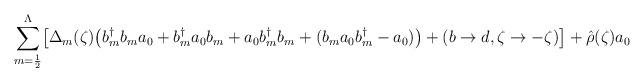
LaTeX: \begin{align*}\sum_{m=\frac{1}{2}}^{\Lambda}\bigl[ \Delta_m(\zeta) \bigl(b^{\dag}_m b_m a_0 + b^{\dag}_m a_0 b_m + a_0 b^{\dag}_m b_m+ (b_m a_0 b^{\dag}_m - a_0 ) \bigr)+ (b \rightarrow d, \zeta \rightarrow - \zeta) \bigr]+ {\hat{\rho}} (\zeta) a_0\end{align*}